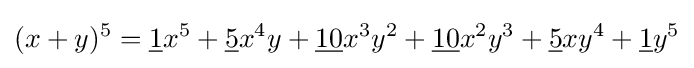
(x+y)^{5}={\underline {1}}x^{5}+{\underline {5}}x^{4}y+{\underline {10}}x^{3}y^{2}+{\underline {10}}x^{2}y^{3}+{\underline {5}}xy^{4}+{\underline {1}}y^{5}